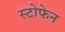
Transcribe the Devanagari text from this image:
स्टोफेन